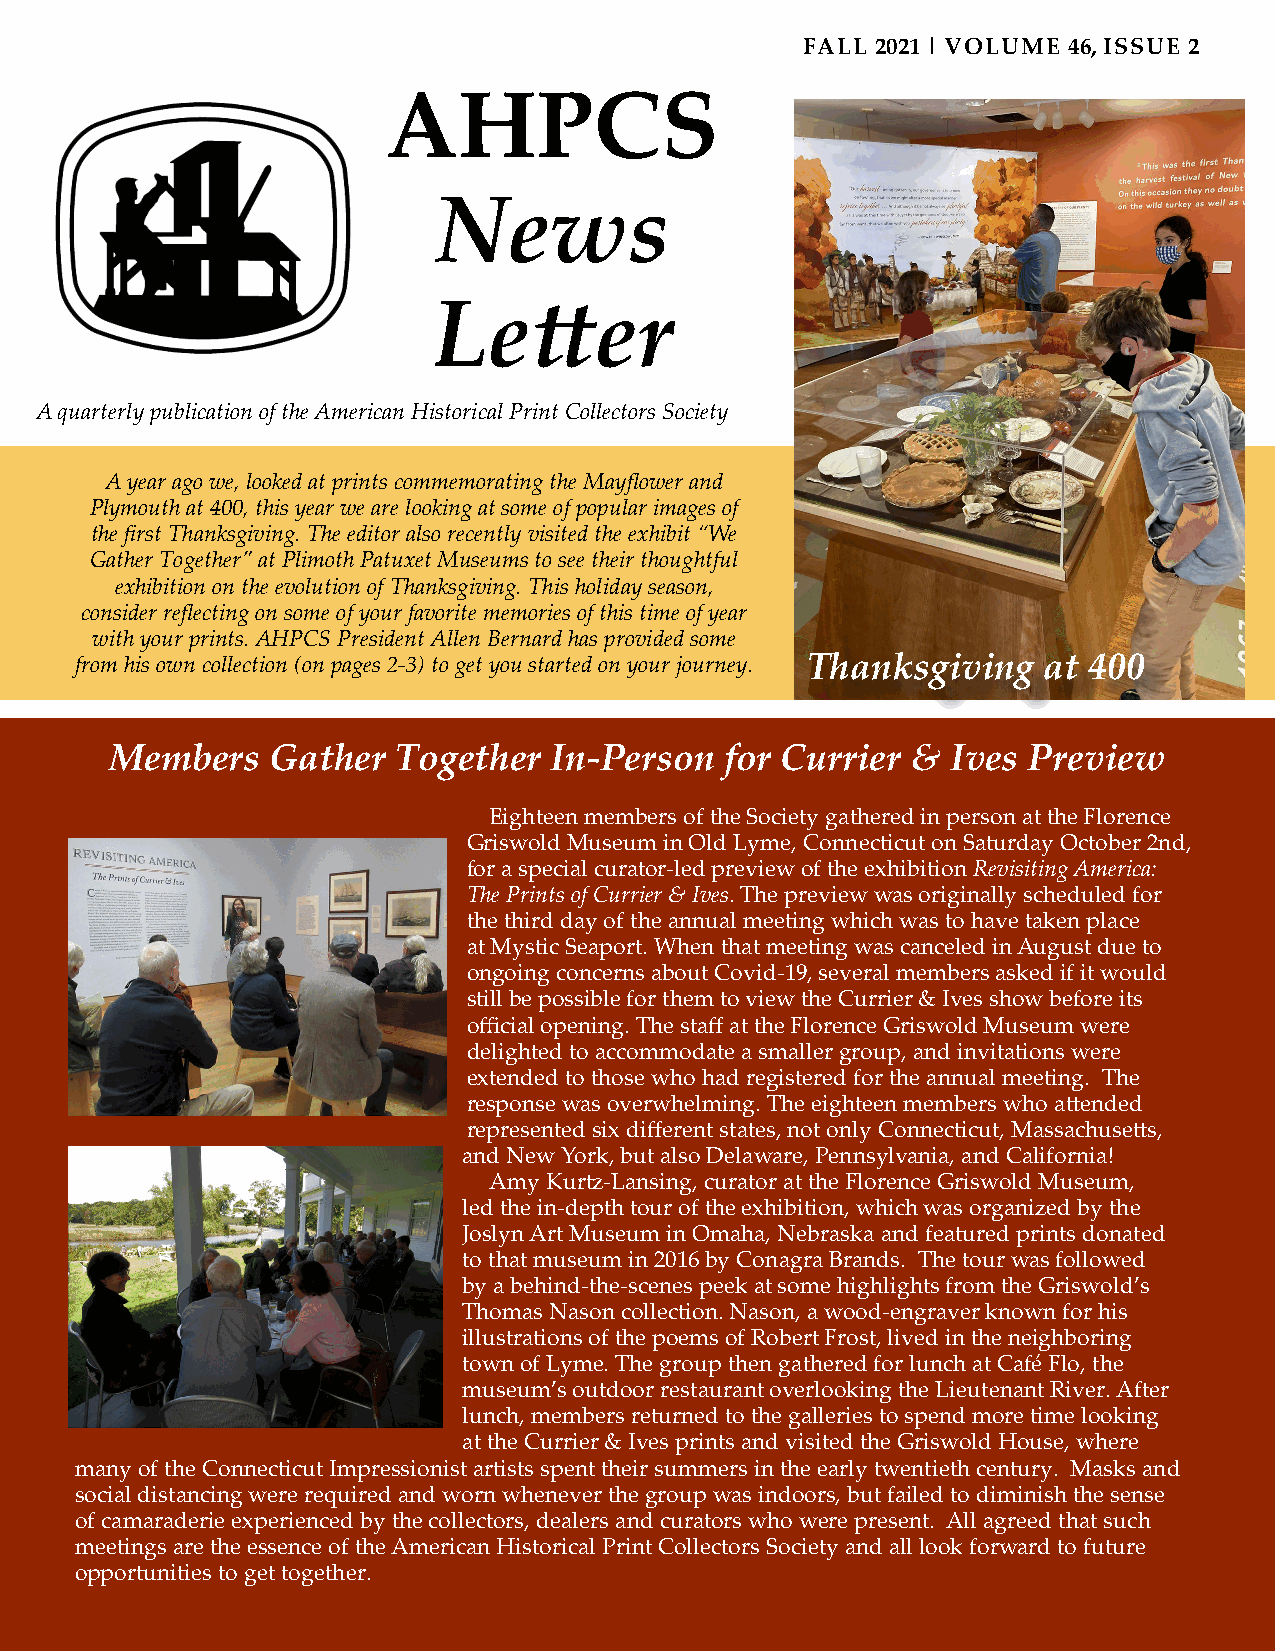
FALL 2021 | VOLUME 46, ISSUE 2
 AHPCS
 News
 Letter
 A quarterly publication of the American Historical Print Collectors Society
 A year ago we, looked at prints commemorating the Mayflower and
 Plymouth at 400, this year we are looking at some of popular images of
 the first Thanksgiving. The editor also recently visited the exhibit “We
 Gather Together” at Plimoth Patuxet Museums to see their thoughtful
 exhibition on the evolution of Thanksgiving. This holiday season,
 consider reflecting on some of your favorite memories of this time of year
 with your prints. AHPCS President Allen Bernard has provided some
 from his own collection (on pages 2-3) to get you started on your journey. Thanksgiving at 400
 Members    Gather  Together  In-Person   for Currier &  Ives Preview
 Eighteen members of the Society gathered in person at the Florence
 Griswold Museum in Old Lyme, Connecticut on Saturday October 2nd,
 for a special curator-led preview of the exhibition Revisiting America:
 The Prints of Currier & Ives. The preview was originally scheduled for
 the third day of the annual meeting which was to have taken place
 at Mystic Seaport. When that meeting was canceled in August due to
 ongoing concerns about Covid-19, several members asked if it would
 still be possible for them to view the Currier & Ives show before its
 official opening. The staff at the Florence Griswold Museum were
 delighted to accommodate a smaller group, and invitations were
 extended to those who had registered for the annual meeting. The
 response was overwhelming. The eighteen members who attended
 represented six different states, not only Connecticut, Massachusetts,
 and New York, but also Delaware, Pennsylvania, and California!
 Amy Kurtz-Lansing, curator at the Florence Griswold Museum,
 led the in-depth tour of the exhibition, which was organized by the
 Joslyn Art Museum in Omaha, Nebraska and featured prints donated
 to that museum in 2016 by Conagra Brands. The tour was followed
 by a behind-the-scenes peek at some highlights from the Griswold’s
 Thomas Nason collection. Nason, a wood-engraver known for his
 illustrations of the poems of Robert Frost, lived in the neighboring
 town of Lyme. The group then gathered for lunch at Café Flo, the
 museum’s outdoor restaurant overlooking the Lieutenant River. After
 lunch, members returned to the galleries to spend more time looking
 at the Currier & Ives prints and visited the Griswold House, where
 many of the Connecticut Impressionist artists spent their summers in the early twentieth century. Masks and
 social distancing were required and worn whenever the group was indoors, but failed to diminish the sense
 of camaraderie experienced by the collectors, dealers and curators who were present. All agreed that such
 meetings are the essence of the American Historical Print Collectors Society and all look forward to future
 opportunities to get together.